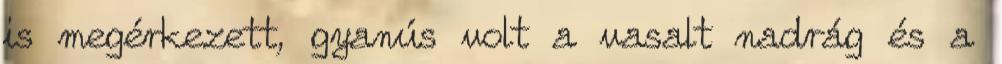
is megérkezett, gyanús volt a vasalt nadrág és a